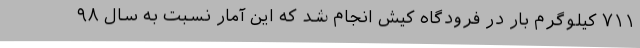
۷۱۱ کیلوگرم بار در فرودگاه‌ کیش انجام شد که این آمار نسبت به سال ۹۸